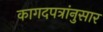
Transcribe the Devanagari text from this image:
कागदपत्रांनुसार